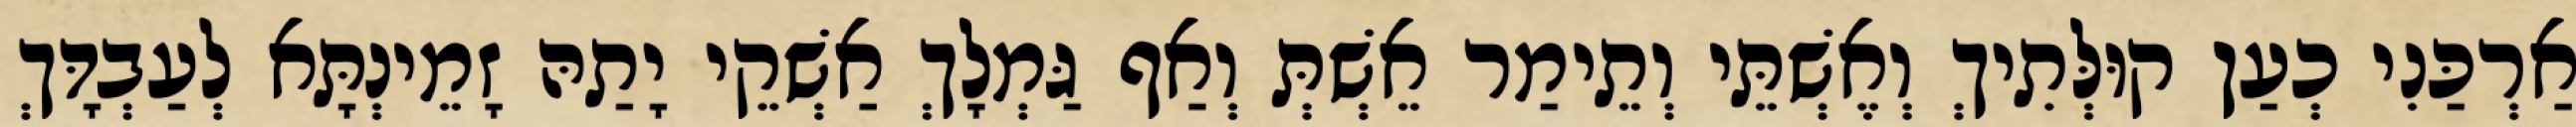
אַרְכַּנִי כְעַן קוּלְּתִיךְ וְאֶשְׁתֵּי וְתֵימַר אֵשְׁתְּ וְאַף גַּמְלָךְ אַשְׁקֵי יָתַהּ זָמֵינְתָּא לְעַבְדָּךְ